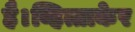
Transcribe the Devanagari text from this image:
है।व्हित्ताकेर